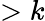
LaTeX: >k